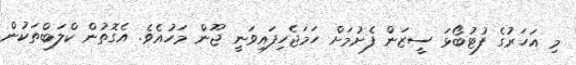
މި އަހަރުގެ ފުޓުބޯޅަ ސީޒަން ފެށުމަށް ހަމަޖެހިފައިވަނީ ޖޫން މަހުއެވެ. އެގޮތުން ކްލަބްތަކުން